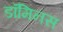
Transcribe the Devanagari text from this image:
डॉमिनस